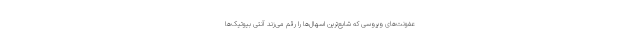
عفونت‌های ویروسی که شایع‌ترین اسهال‌ها را رقم می‌زند آنتی بیوتیک‌ها